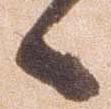
候